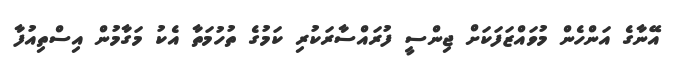
އޭނާގެ އަަންހެން މުވައްޒަފަކަށް ޖިންސީ ފުރައްސާރަކުރި ކަމުގެ ތުހުމަތާ އެކު މަގާމުން އިސްތިއުފާ